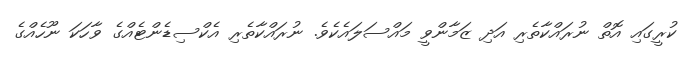
ކުރީގައި އޮތް ނުރައްކާތެރި އަދި ޒަމާންވީ މައްސަލައެކެވެ. ނުރައްކާތެރި އެކްސިޑެންޓެއްގެ ވާހަކަ ނޫހެއްގެ